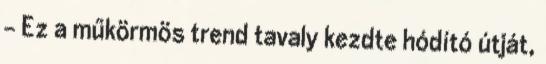
– Ez a műkörmös trend tavaly kezdte hódító útját,